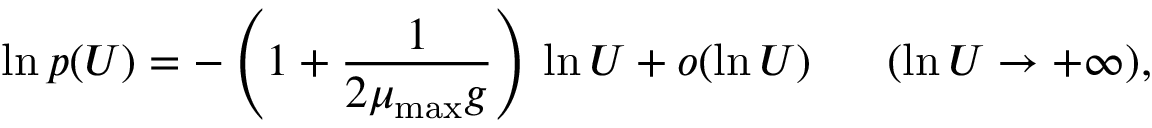
\ln p ( U ) = - \left( 1 + \frac { 1 } { 2 \mu _ { \mathrm { m a x } } g } \right) \, \ln U + o ( \ln U ) \ \ \ \ \ ( \ln U \to + \infty ) ,